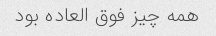
همه چیز فوق العاده بود